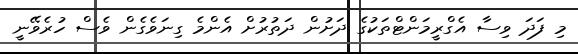
މި ފަދަ ވިސާ އެގްރީމަންޓްތަކުގެ ދަށުން ދަތުރުށް އެންމެ ގިނަވެގެން ވެސް ހުރެވޭނީ